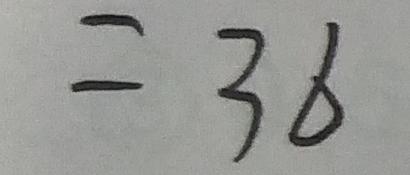
= 3 6